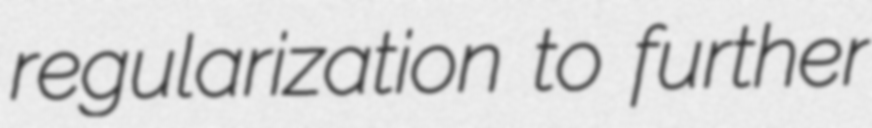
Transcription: regularization to further